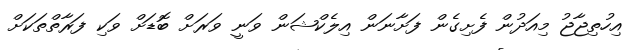
އިހުތިޖާޖު މިއަދުން ފެށިގެން ފަށާނަން އިލެކްޝަން ވަނީ ވަރަށް ބޮޑަށް ވަކި ފަރާތްތަކަށް